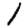
Digit: 1